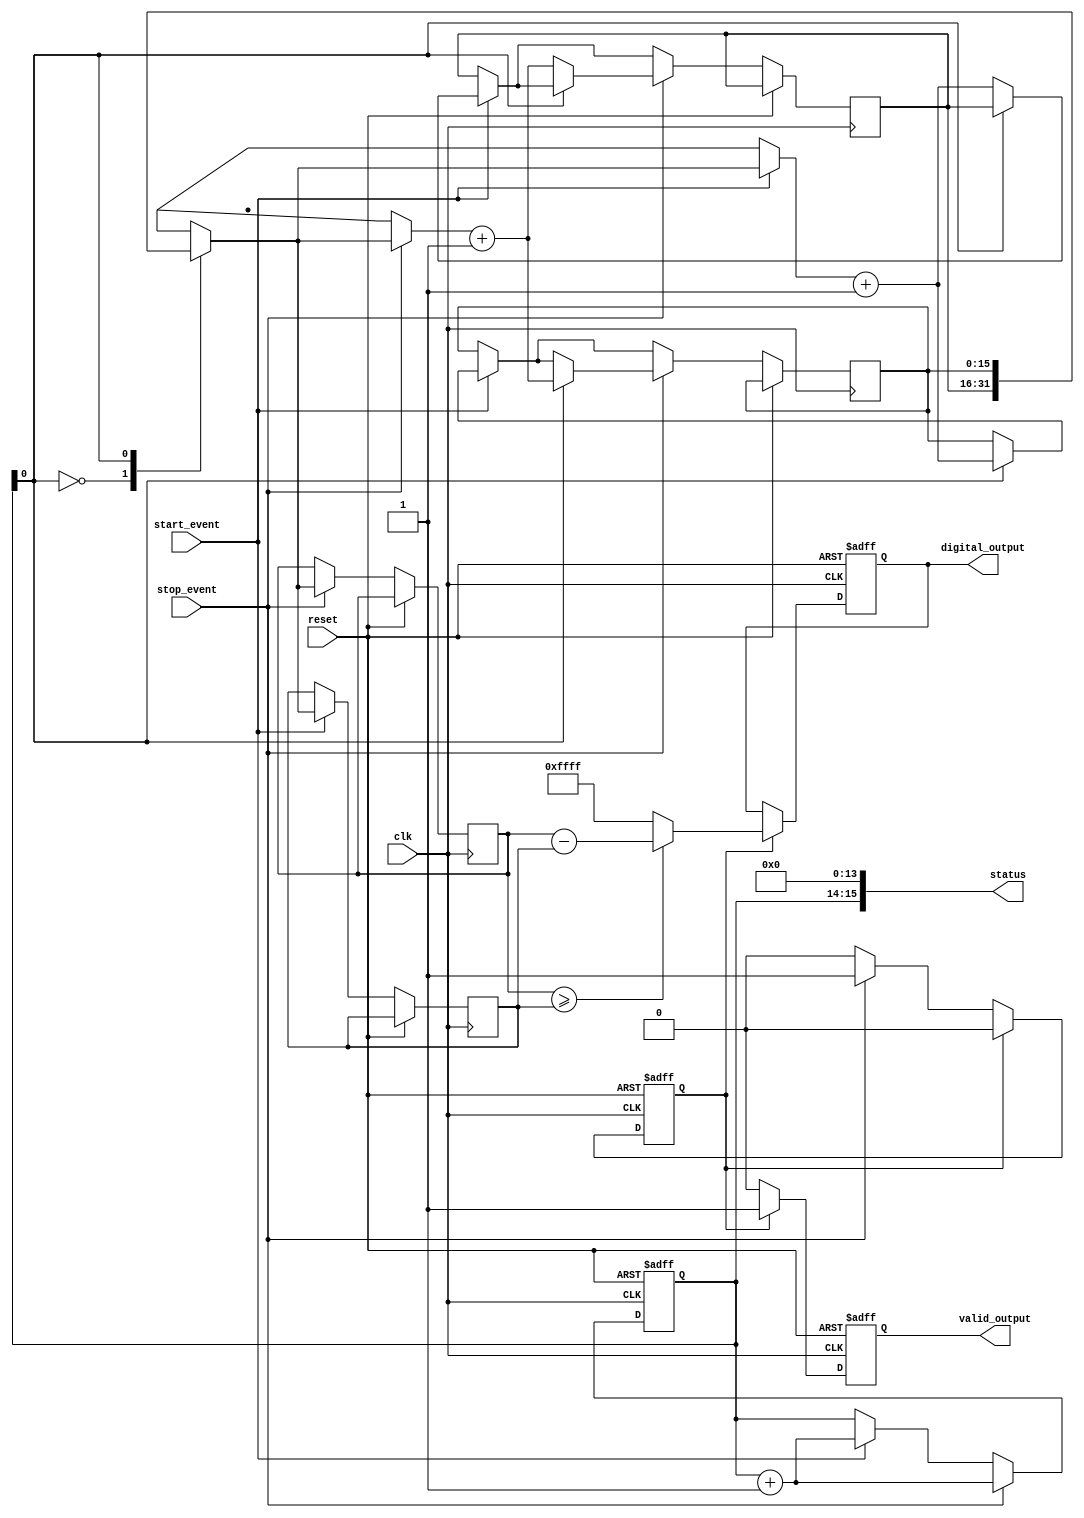
module MemoryBlocksHybridTDC (
    input wire clk,                // High-frequency clock
    input wire reset,              // Reset signal
    input wire start_event,        // Start event signal
    input wire stop_event,         // Stop event signal
    output reg [15:0] digital_output, // Digital output (time difference)
    output reg valid_output,        // Output valid signal
    output wire [15:0] status       // Status register
);

// Parameters
parameter MEM_DEPTH = 2;         // Depth of memory (2 timestamps for start/stop)
parameter MAX_TIME = 16'hFFFF;   // Maximum time value for timestamps

// Registers and wires
reg [15:0] timestamp_memory [0:MEM_DEPTH-1]; // Timestamp memory array
reg [15:0] start_timestamp;       // Start timestamp
reg [15:0] stop_timestamp;        // Stop timestamp
reg [1:0] write_pointer;          // Pointer for writing in memory
reg measurement_done;             // Measurement done flag

// Initialization
always @(posedge clk or posedge reset) begin
    if (reset) begin
        write_pointer <= 0;
        valid_output <= 0;
        measurement_done <= 0;
        digital_output <= 0;
    end else begin
        if (start_event) begin
            // Capture start timestamp
            timestamp_memory[write_pointer] <= timestamp_memory[write_pointer] + 1; // Increment timestamp
            start_timestamp <= timestamp_memory[write_pointer];
            write_pointer <= write_pointer + 1;  // Move to the next memory location
        end
        
        if (stop_event) begin
            // Capture stop timestamp
            timestamp_memory[write_pointer] <= timestamp_memory[write_pointer] + 1; // Increment timestamp
            stop_timestamp <= timestamp_memory[write_pointer];
            write_pointer <= write_pointer + 1;  // Move to the next memory location
            measurement_done <= 1;                // Mark measurement as done
        end

        if (measurement_done) begin
            // Calculate time difference
            if (stop_timestamp >= start_timestamp) begin
                digital_output <= stop_timestamp - start_timestamp; // Calculate time difference
            end else begin
                digital_output <= MAX_TIME; // Overflow condition
            end
            valid_output <= 1; // Indicate output is valid
            measurement_done <= 0; // Reset the measurement done flag
        end else begin
            valid_output <= 0; // Output not valid until measurement is done
        end
    end
end

// Status register
assign status = {measurement_done, write_pointer, 14'b0}; // Status register example

endmodule